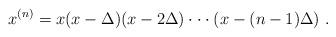
LaTeX: \begin{align*}x^{(n)}=x(x-\Delta)(x-2\Delta)\cdot\cdot\cdot (x-(n-1)\Delta)\ .\end{align*}